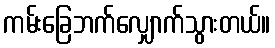
ကမ်းခြေဘက်လျှောက်သွားတယ်။